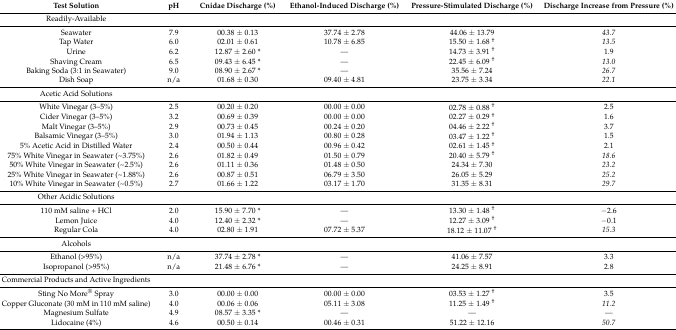
<table><thead><tr><td><b>Test Solution</b></td><td><b>pH</b></td><td><b>Cnidae Discharge (%)</b></td><td><b>Ethanol-Induced Discharge (%)</b></td><td><b>Pressure-Stimulated Discharge (%)</b></td><td><b>Discharge Increase from Pressure (%)</b></td></tr></thead><tbody><tr><td>Readily-Available</td><td></td><td></td><td></td><td></td><td></td></tr><tr><td>Seawater</td><td>7.9</td><td>00.38 ± 0.13</td><td>37.74 ± 2.78</td><td>44.06 ± 13.79</td><td><i>43.7</i></td></tr><tr><td>Tap Water</td><td>6.0</td><td>02.01 ± 0.61</td><td>10.78 ± 6.85</td><td>15.50 ± 1.68 <sup>†</sup></td><td><i>13.5</i></td></tr><tr><td>Urine</td><td>6.2</td><td>12.87 ± 2.60 *</td><td><i>—</i></td><td>14.73 ± 3.91 <sup>†</sup></td><td>1.9</td></tr><tr><td>Shaving Cream</td><td>6.5</td><td>09.43 ± 6.45 *</td><td><i>—</i></td><td>22.45 ± 6.09 <sup>†</sup></td><td><i>13.0</i></td></tr><tr><td>Baking Soda (3:1 in Seawater)</td><td>9.0</td><td>08.90 ± 2.67 *</td><td><i>—</i></td><td>35.56 ± 7.24</td><td><i>26.7</i></td></tr><tr><td>Dish Soap</td><td>n/a</td><td>01.68 ± 0.30</td><td>09.40 ± 4.81</td><td>23.75 ± 3.34</td><td><i>22.1</i></td></tr><tr><td>Acetic Acid Solutions</td><td></td><td></td><td></td><td></td><td></td></tr><tr><td>White Vinegar (3–5%)</td><td>2.5</td><td>00.20 ± 0.20</td><td>00.00 ± 0.00</td><td>02.78 ± 0.88 <sup>†</sup></td><td>2.5</td></tr><tr><td>Cider Vinegar (3–5%)</td><td>3.2</td><td>00.69 ± 0.39</td><td>00.00 ± 0.00</td><td>02.27 ± 0.29 <sup>†</sup></td><td>1.6</td></tr><tr><td>Malt Vinegar (3–5%)</td><td>2.9</td><td>00.73 ± 0.45</td><td>00.24 ± 0.20</td><td>04.46 ± 2.22 <sup>†</sup></td><td>3.7</td></tr><tr><td>Balsamic Vinegar (3–5%)</td><td>3.0</td><td>01.94 ± 1.13</td><td>00.80 ± 0.28</td><td>03.47 ± 1.22 <sup>†</sup></td><td>1.5</td></tr><tr><td>5% Acetic Acid in Distilled Water</td><td>2.4</td><td>00.50 ± 0.44</td><td>00.96 ± 0.42</td><td>02.61 ± 1.45 <sup>†</sup></td><td>2.1</td></tr><tr><td>75% White Vinegar in Seawater (~3.75%)</td><td>2.6</td><td>01.82 ± 0.49</td><td>01.50 ± 0.79</td><td>20.40 ± 5.79 <sup>†</sup></td><td><i>18.6</i></td></tr><tr><td>50% White Vinegar in Seawater (~2.5%)</td><td>2.6</td><td>01.11 ± 0.36</td><td>01.48 ± 0.50</td><td>24.34 ± 7.30</td><td><i>23.2</i></td></tr><tr><td>25% White Vinegar in Seawater (~1.88%)</td><td>2.6</td><td>00.87 ± 0.51</td><td>06.79 ± 3.50</td><td>26.05 ± 5.29</td><td><i>25.2</i></td></tr><tr><td>10% White Vinegar in Seawater (~0.5%)</td><td>2.7</td><td>01.66 ± 1.22</td><td>03.17 ± 1.70</td><td>31.35 ± 8.31</td><td><i>29.7</i></td></tr><tr><td>Other Acidic Solutions</td><td></td><td></td><td></td><td></td><td></td></tr><tr><td>110 mM saline + HCl</td><td>2.0</td><td>15.90 ± 7.70 *</td><td><i>—</i></td><td>13.30 ± 1.48 <sup>†</sup></td><td>−2.6</td></tr><tr><td>Lemon Juice</td><td>4.0</td><td>12.40 ± 2.32 *</td><td><i>—</i></td><td>12.27 ± 3.09 <sup>†</sup></td><td>−0.1</td></tr><tr><td>Regular Cola</td><td>4.0</td><td>02.80 ± 1.91</td><td>07.72 ± 5.37</td><td>18.12 ± 11.07 <sup>†</sup></td><td><i>15.3</i></td></tr><tr><td>Alcohols</td><td></td><td></td><td></td><td></td><td></td></tr><tr><td>Ethanol (&gt;95%)</td><td>n/a</td><td>37.74 ± 2.78 *</td><td><i>—</i></td><td>41.06 ± 7.57</td><td>3.3</td></tr><tr><td>Isopropanol (&gt;95%)</td><td>n/a</td><td>21.48 ± 6.76 *</td><td><i>—</i></td><td>24.25 ± 8.91</td><td>2.8</td></tr><tr><td>Commercial Products and Active Ingredients</td><td></td><td></td><td></td><td></td><td></td></tr><tr><td>Sting No More<sup>®</sup> Spray</td><td>3.0</td><td>00.00 ± 0.00</td><td>00.00 ± 0.00</td><td>03.53 ± 1.27 <sup>†</sup></td><td>3.5</td></tr><tr><td>Copper Gluconate (30 mM in 110 mM saline)</td><td>4.0</td><td>00.06 ± 0.06</td><td>05.11 ± 3.08</td><td>11.25 ± 1.49 <sup>†</sup></td><td><i>11.2</i></td></tr><tr><td>Magnesium Sulfate</td><td>4.9</td><td>08.57 ± 3.35 *</td><td><i>—</i></td><td><i>—</i></td><td><i>—</i></td></tr><tr><td>Lidocaine (4%)</td><td>4.6</td><td>00.50 ± 0.14</td><td>00.46 ± 0.31</td><td>51.22 ± 12.16</td><td><i>50.7</i></td></tr></tbody></table>